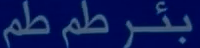
بُئر طم طم